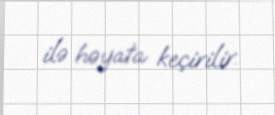
ilə həyata keçirilir.